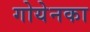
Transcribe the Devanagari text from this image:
गोयेनका